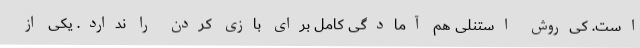
است. کی‌روش استنلی هم آمادگی کامل برای بازی کردن را ندارد. یکی از